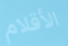
الأقلام